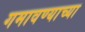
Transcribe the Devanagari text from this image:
गमावण्याच्या